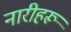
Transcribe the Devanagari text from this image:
नारीहरू